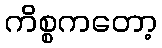
ကိစ္စကတော့